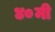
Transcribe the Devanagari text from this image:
४०मी